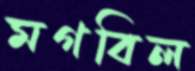
মগবিল